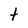
Character: t